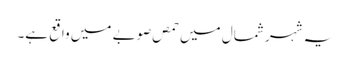
یہ شہر شمال میں حمص صوبے میں واقع ہے۔